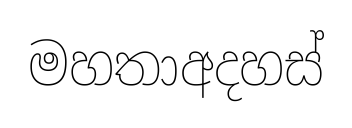
මහතාඅදහස්